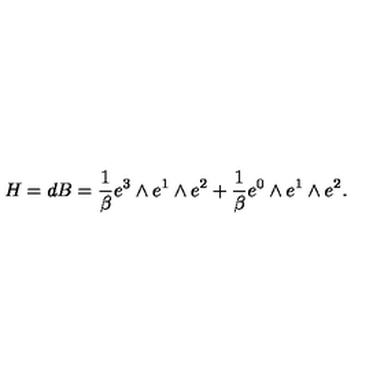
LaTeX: H = d B = \frac { 1 } { \beta } e ^ { 3 } \wedge e ^ { 1 } \wedge e ^ { 2 } + \frac { 1 } { \beta } e ^ { 0 } \wedge e ^ { 1 } \wedge e ^ { 2 } .